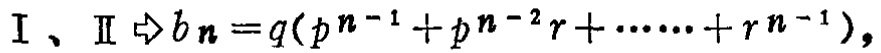
$\mathrm{I}、\mathrm{II} \Rightarrow b_n = q(p^{n - 1}+p^{n - 2}r+\cdots\cdots+r^{n - 1}),$